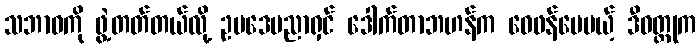
သဘာဝကို ဖွဲ့တတ်တယ်လို့ ဥပဒေပညာရှင် ဒေါက်တာဘဟန်က ဝေဖန်ပေမယ့် ဒီဝတ္ထုက